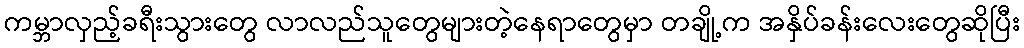
ကမ္ဘာလှည့်ခရီးသွားတွေ လာလည်သူတွေများတဲ့နေရာတွေမှာ တချို့က အနှိပ်ခန်းလေးတွေဆိုပြီး